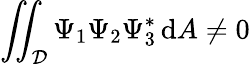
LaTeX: \iint_{\mathcal{D}}\Psi_{1}\Psi_{2}\Psi_{3}^{*}\, \mathrm{d}A\neq 0